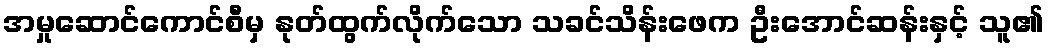
အမှုဆောင်ကောင်စီမှ နုတ်ထွက်လိုက်သော သခင်သိန်းဖေက ဦးအောင်ဆန်းနှင့် သူ၏